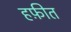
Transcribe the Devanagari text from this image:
हफ़ीत